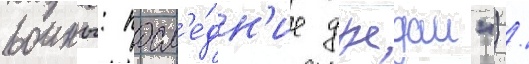
воины: посл'е́дн'ие джедаи") /